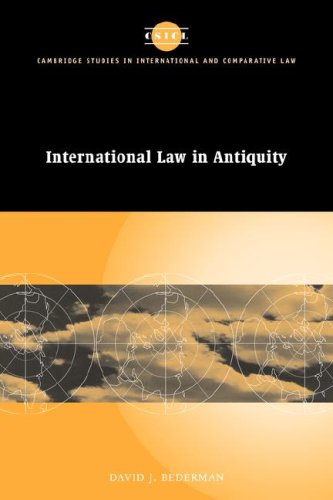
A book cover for International Law in Antiquity (Cambridge Studies in International and Comparative Law); David J. Bederman; Law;